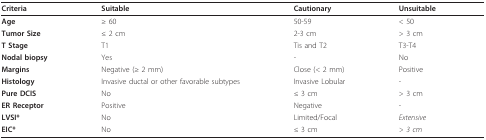
<table><thead><tr><td><b>Criteria</b></td><td><b>Suitable</b></td><td><b>Cautionary</b></td><td><b>Unsuitable</b></td></tr></thead><tbody><tr><td><b>Age</b></td><td>≥ 60</td><td>50-59</td><td>&lt; 50</td></tr><tr><td><b>Tumor Size</b></td><td>≤ 2 cm</td><td>2-3 cm</td><td>&gt; 3 cm</td></tr><tr><td><b>T Stage</b></td><td>T1</td><td>Tis and T2</td><td>T3-T4</td></tr><tr><td><b>Nodal biopsy</b></td><td>Yes</td><td>-</td><td>No</td></tr><tr><td><b>Margins</b></td><td>Negative (≥ 2 mm)</td><td>Close (&lt; 2 mm)</td><td>Positive</td></tr><tr><td><b>Histology</b></td><td>Invasive ductal or other favorable subtypes</td><td>Invasive Lobular</td><td>-</td></tr><tr><td><b>Pure DCIS</b></td><td>No</td><td>≤ 3 cm</td><td>&gt; 3 cm</td></tr><tr><td><b>ER Receptor</b></td><td>Positive</td><td>Negative</td><td>-</td></tr><tr><td><b>LVSI*</b></td><td>No</td><td>Limited/Focal</td><td><i>Extensive</i></td></tr><tr><td><b>EIC*</b></td><td>No</td><td>≤ 3 cm</td><td><i>&gt; 3 cm</i></td></tr></tbody></table>